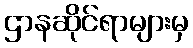
ဌာနဆိုင်ရာများမှ